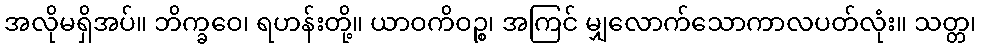
အလိုမရှိအပ်။ ဘိက္ခဝေ၊ ရဟန်းတို့။ ယာဝကိဝဉ္စ၊ အကြင် မျှလောက်သောကာလပတ်လုံး။ သတ္တ၊